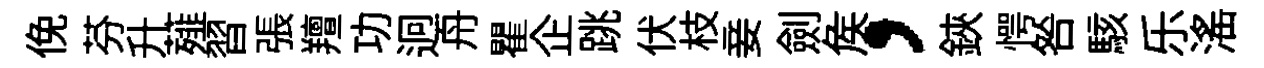
俛芬升薤習張羶功迥舟瞿企跳伏枝妾劍矦，鋏愕咎駭乐滛